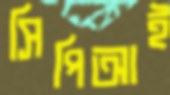
সিপিআই